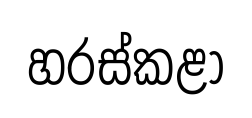
හරස්කළා